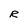
Character: R